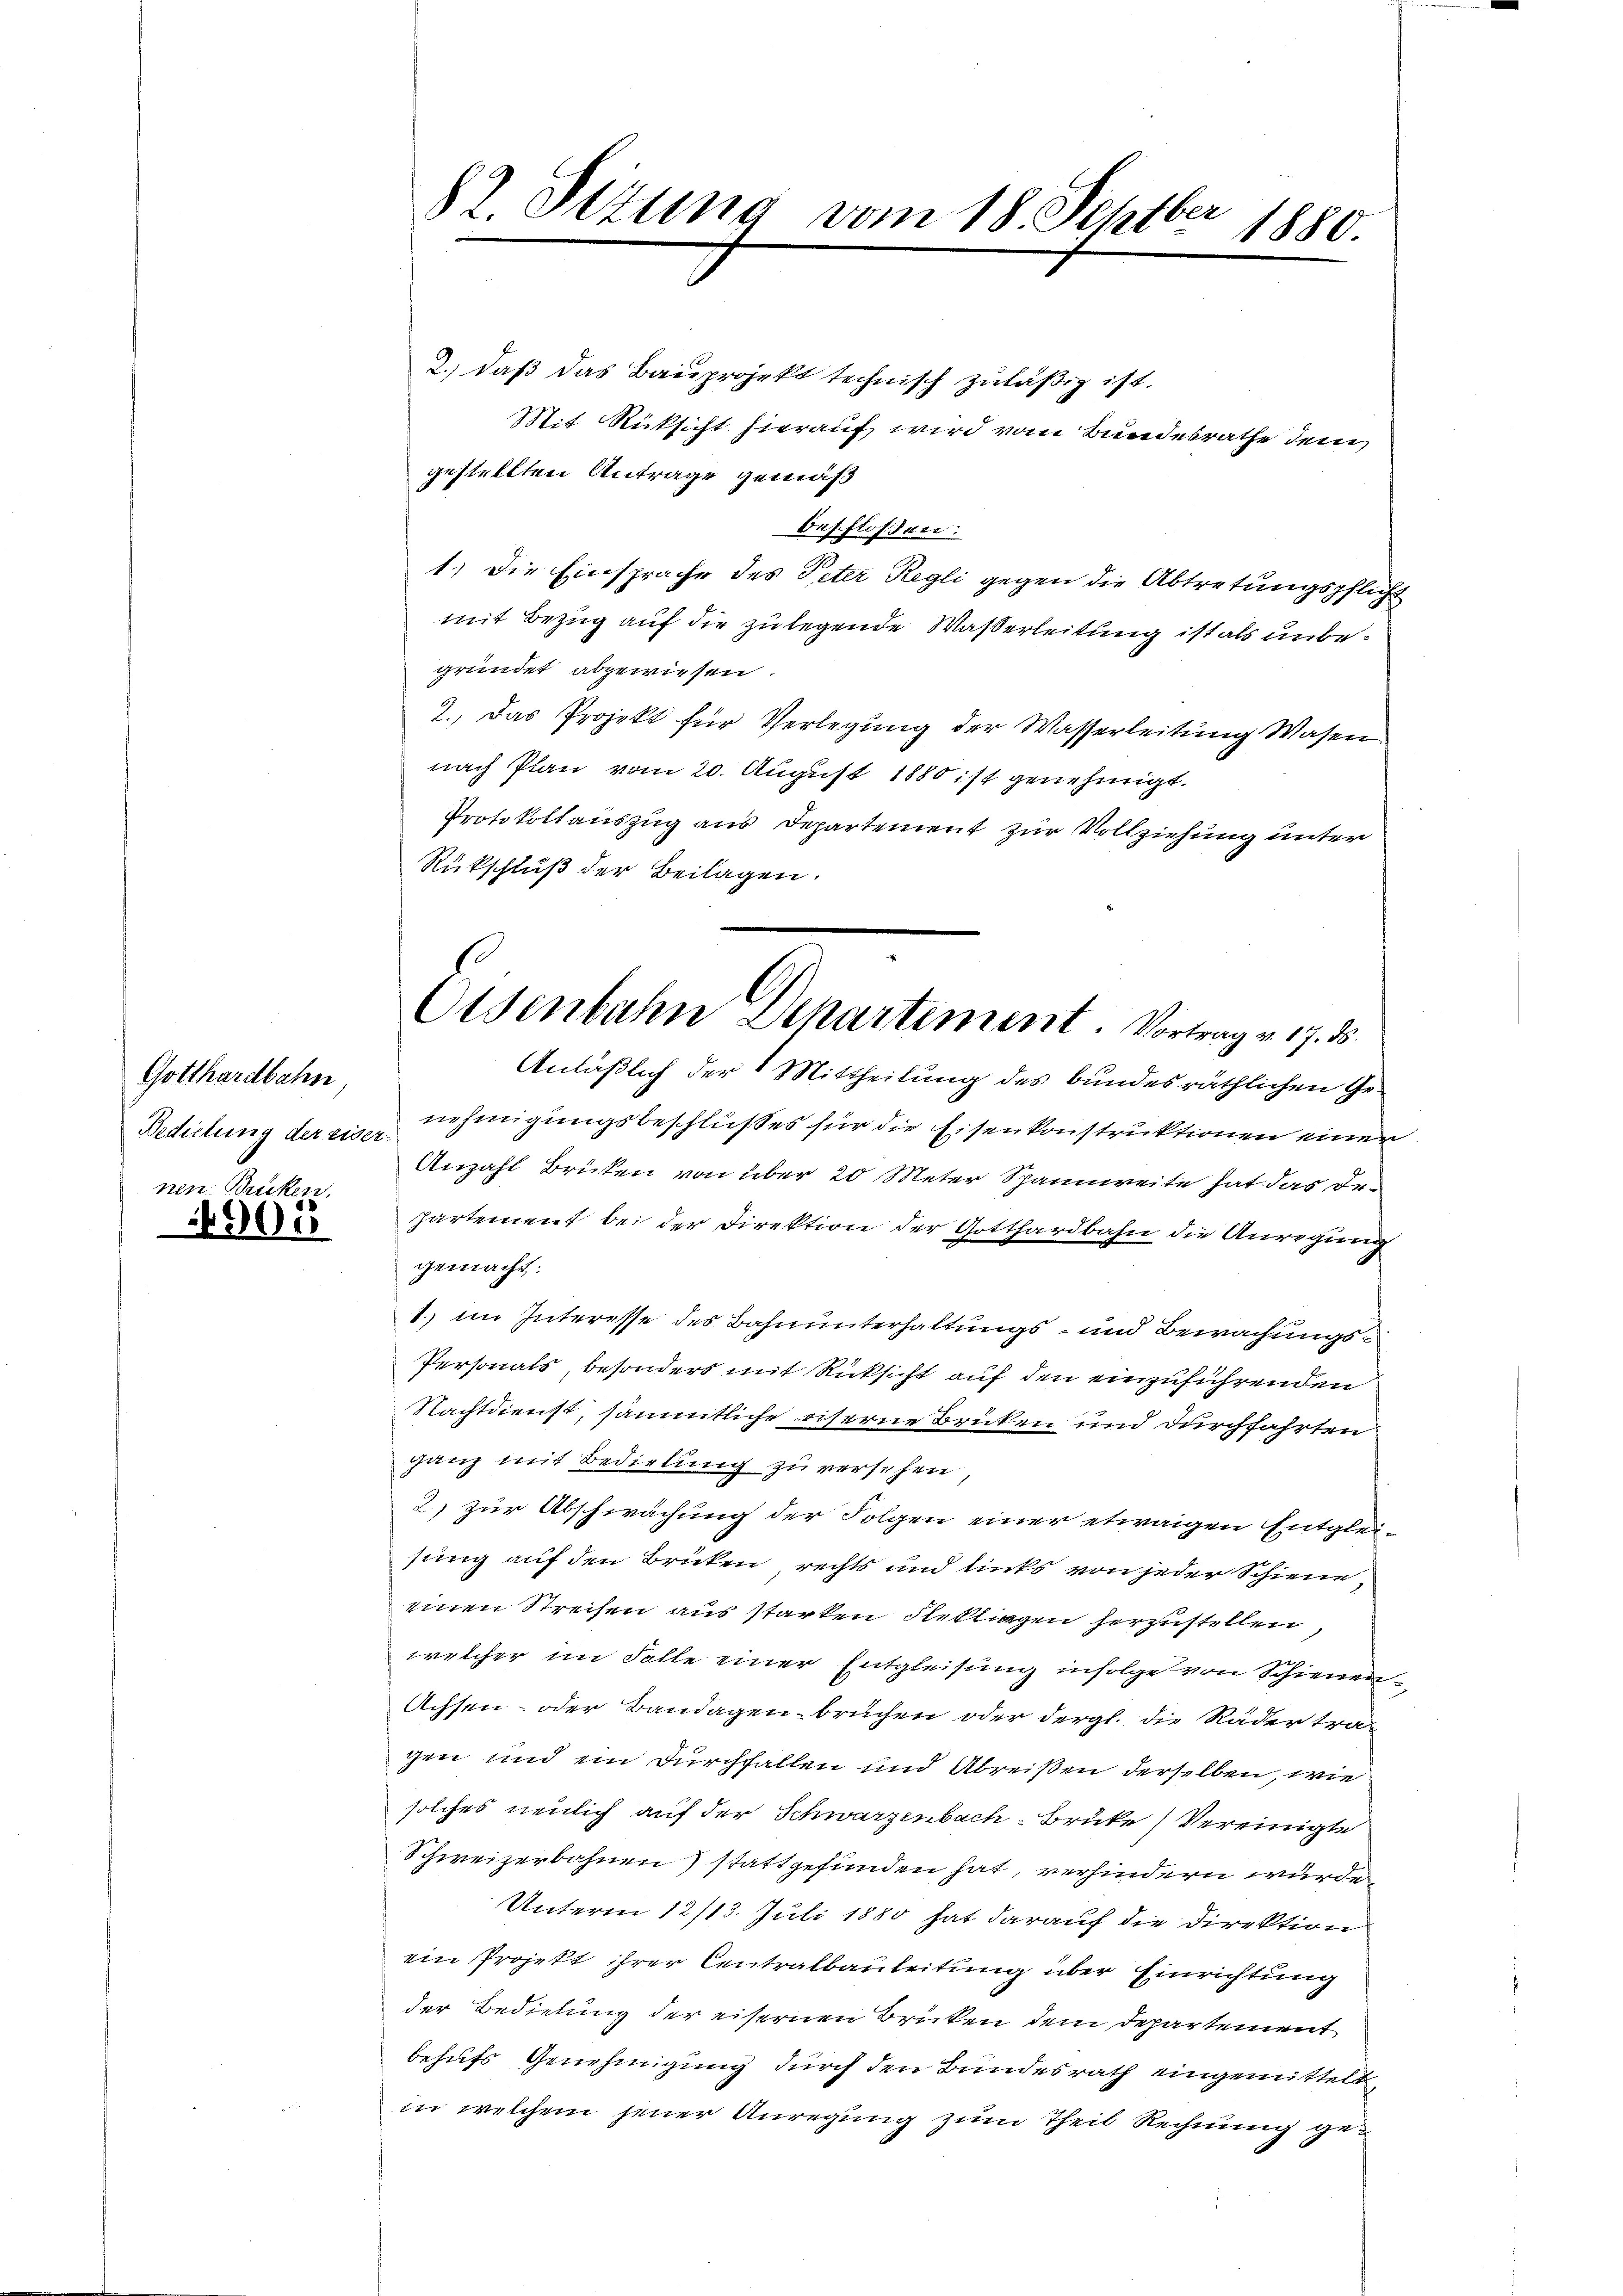
Gotthardbahn,
Bedietung der eisernen Brücken,

4900

2.) daß das Bauprojekt technisch zuläßig ist.
Mit Rücksicht hierauf wird vom Bundesrathe den
gestellten Antrage gemäß
beschlossen:
1.) Die Einsprache des Peter Regli gegen die Abtretungspflicht
mit Bezug auf die zulegende Waßerleitung ist als unbegründet abgewiesen.
2.) Das Projekt für Verlegung der Wasserleitung Wasen
nach Plan vom 20. August 1880 ist genehmigt.
Protokollauszug aus Departement zur Vollziehung unter
Rückschluß der Beilagen.
Anläßlich der 1 Mittheilung des bundesräthlichen Genehmigungsbeschlußes für die Eisenkonstruktionen einer
Anzahl Brüken von über 20 Meter Spannweite hat das Dr.
partement bei der Direktion der Gotthardbahn die Anregung
gemacht.
1. im Interesse des Bahnunterhaltungs- und Bewachungs¬
Personats, besonders mit Rücksicht auf den einzuführenden
Nachtdienst, sämmtliche eiserne Brücken und durchfahrten
ganz mit Bedietung zu versehen
2.) zur Abschwächung der Folgen einer etwaigen Entgleisung auf den Brücken rechts und links von jeder Schiene
einen Streisen aus starken Fleklingen herzustellen,
welcher im Falle einer Entgleisung infolge von Schienen¬
Achsen- oder Bandagenbruchen oder dergl. die Räder tra-
gen und ein Durchfallen und Abreißen derselben, wie
solches neulich auf der Schwarzenbach Brüke Vereinigte
Schweizerbahnen stattgefunden hat, verhindern wurde
Unterm 12/13. Juli 1880 hat darauf die Direktion
ein Projekt ihrer Centralbauleitung über Einrichtung
der Bediebung der eisernen Brücken dem Departement
behufs Genehmigung durch den Bundesrath eingemittelt,
in welchem jener Anregung zum Theil Rechnung ge¬

82. Sizung vom 18. Septber 1880

Osenbahn Departement. Vortrag v. 17. ds.